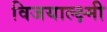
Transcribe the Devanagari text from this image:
विजयाल्क्ष्मी